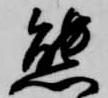
態